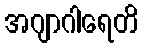
အဂျာဂါရေတိ